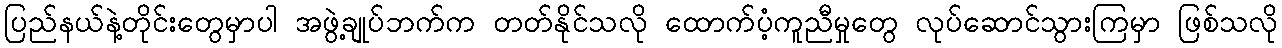
ပြည်နယ်နဲ့တိုင်းတွေမှာပါ အဖွဲ့ချုပ်ဘက်က တတ်နိုင်သလို ထောက်ပံ့ကူညီမှုတွေ လုပ်ဆောင်သွားကြမှာ ဖြစ်သလို